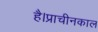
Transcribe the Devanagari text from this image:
है।प्राचीनकाल